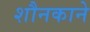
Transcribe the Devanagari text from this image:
शौनकाने